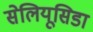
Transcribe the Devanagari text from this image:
सेलियूसिडा